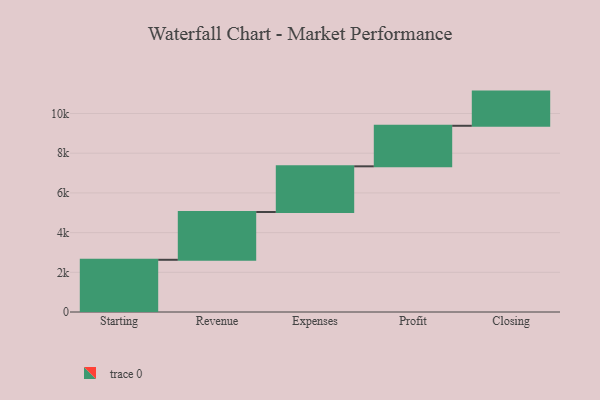
{"axis": {"x": "Step", "y": "Value"}, "legend": [""], "data": [{"x": "Starting", "y": 2630.0, "type": ""}, {"x": "Revenue", "y": 2408.0, "type": ""}, {"x": "Expenses", "y": 2301.0, "type": ""}, {"x": "Profit", "y": 2042.0, "type": ""}, {"x": "Closing", "y": 1722.0, "type": ""}]}